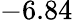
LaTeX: -6.84